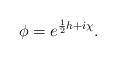
LaTeX: \begin{align*}\phi =e^{\frac{1}{2}h+i\chi}.\end{align*}